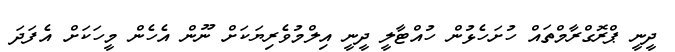
ދީނީ ޕްރޮގްރާމްތައް ހުށަހެޅުން ހުއްޓާލީ ދީނީ އިލްމުވެރިޔަކަށް ނޫން އެހެން މީހަކަށް އެފަދަ